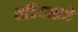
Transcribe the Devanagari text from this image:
क्षत्रियमाने